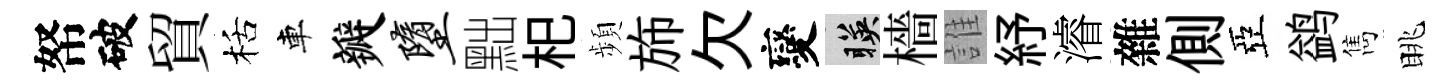
帑破貿栝車瓣堕黜𣏌頻斾欠變暎檣誰紓濬雜側亞鹢雋眺